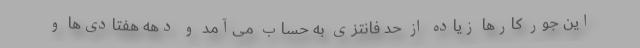
این جور کارها زیاده از حد فانتزی به حساب می‌آمد و دهه هفتادی‌ها و